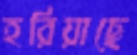
হরিয়াছে